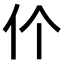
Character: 𬽨